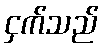
ငှက်သည်